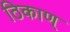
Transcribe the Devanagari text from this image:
ठिकाण्